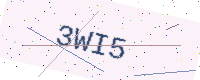
Text: 3WI5